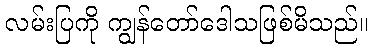
လမ်းပြကို ကျွန်တော်ဒေါသဖြစ်မိသည်။